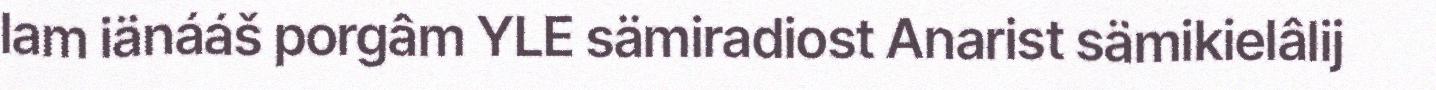
lam iänááš porgâm YLE sämiradiost Anarist sämikielâlij